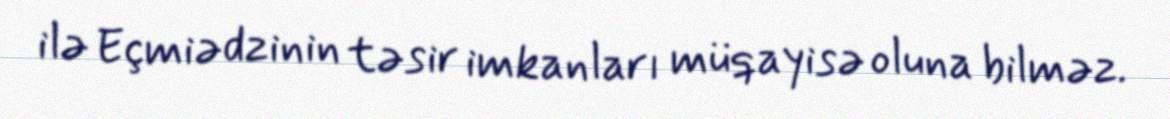
ilə Eçmiədzinin təsir imkanları müqayisə oluna bilməz.